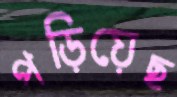
পড়িয়েছ